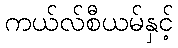
ကယ်လ်စီယမ်နှင့်